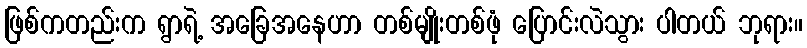
ဖြစ်ကတည်းက ရွာရဲ့ အခြေအနေဟာ တစ်မျိုးတစ်ဖုံ ပြောင်းလဲသွား ပါတယ် ဘုရား။